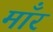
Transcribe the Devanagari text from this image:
माँर